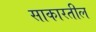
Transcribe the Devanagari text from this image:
साकारतील